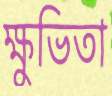
ক্ষুভিতা